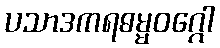
ပသာဒကရဓမ္မဝဂ္ဂေါ